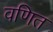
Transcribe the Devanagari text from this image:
वणित